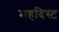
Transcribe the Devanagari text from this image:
महदिस्ट